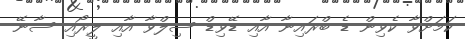
ކަމަށްވާ ކެވިން ޑެ ބްރައިނާ އާއި ޑޭވިޑް ސިލްވާ އާއި ލީރޯއި ސާނޭ